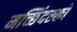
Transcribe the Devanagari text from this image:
मच्छिंदरको